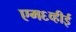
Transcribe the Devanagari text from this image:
एम६व्हीई